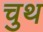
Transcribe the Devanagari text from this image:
चुथ